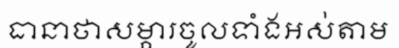
ធានាថាសម្ភារចូលទាំងអស់តាម